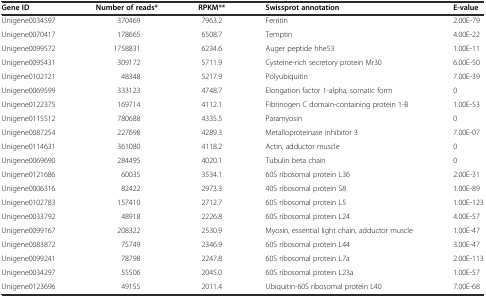
<table><thead><tr><td><b>Gene ID</b></td><td><b>Number of reads*</b></td><td><b>RPKM**</b></td><td><b>Swissprot annotation</b></td><td><b>E-value</b></td></tr></thead><tbody><tr><td>Unigene0034597</td><td>370469</td><td>7963.2</td><td>Ferritin</td><td>2.00E-79</td></tr><tr><td>Unigene0070417</td><td>178665</td><td>6508.7</td><td>Temptin</td><td>4.00E-22</td></tr><tr><td>Unigene0099572</td><td>1758831</td><td>6234.6</td><td>Auger peptide hhe53</td><td>1.00E-11</td></tr><tr><td>Unigene0095431</td><td>309172</td><td>5711.9</td><td>Cysteine-rich secretory protein Mr30</td><td>6.00E-50</td></tr><tr><td>Unigene0102121</td><td>48348</td><td>5217.9</td><td>Polyubiquitin</td><td>7.00E-39</td></tr><tr><td>Unigene0069599</td><td>333123</td><td>4748.7</td><td>Elongation factor 1-alpha, somatic form</td><td>0</td></tr><tr><td>Unigene0122375</td><td>169714</td><td>4112.1</td><td>Fibrinogen C domain-containing protein 1-B</td><td>1.00E-53</td></tr><tr><td>Unigene0115512</td><td>780688</td><td>4335.5</td><td>Paramyosin</td><td>0</td></tr><tr><td>Unigene0087254</td><td>227698</td><td>4289.3</td><td>Metalloproteinase inhibitor 3</td><td>7.00E-07</td></tr><tr><td>Unigene0114631</td><td>361080</td><td>4118.2</td><td>Actin, adductor muscle</td><td>0</td></tr><tr><td>Unigene0069690</td><td>284495</td><td>4020.1</td><td>Tubulin beta chain</td><td>0</td></tr><tr><td>Unigene0121686</td><td>60035</td><td>3534.1</td><td>60S ribosomal protein L36</td><td>2.00E-31</td></tr><tr><td>Unigene0006316</td><td>82422</td><td>2973.3</td><td>40S ribosomal protein S8</td><td>1.00E-89</td></tr><tr><td>Unigene0102783</td><td>157410</td><td>2712.7</td><td>60S ribosomal protein L5</td><td>1.00E-123</td></tr><tr><td>Unigene0033792</td><td>48918</td><td>2226.8</td><td>60S ribosomal protein L24</td><td>4.00E-57</td></tr><tr><td>Unigene0099167</td><td>208322</td><td>2530.9</td><td>Myosin, essential light chain, adductor muscle</td><td>1.00E-47</td></tr><tr><td>Unigene0083872</td><td>75749</td><td>2346.9</td><td>60S ribosomal protein L44</td><td>3.00E-47</td></tr><tr><td>Unigene0099241</td><td>78798</td><td>2247.8</td><td>60S ribosomal protein L7a</td><td>2.00E-113</td></tr><tr><td>Unigene0034297</td><td>55506</td><td>2045.0</td><td>60S ribosomal protein L23a</td><td>1.00E-57</td></tr><tr><td>Unigene0123696</td><td>49155</td><td>2011.4</td><td>Ubiquitin-60S ribosomal protein L40</td><td>7.00E-68</td></tr></tbody></table>